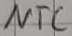
Text: NTC